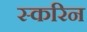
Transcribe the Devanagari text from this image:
स्करिन